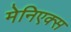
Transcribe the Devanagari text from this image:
मेनिएक्स